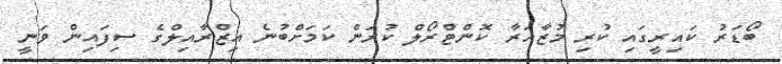
ބޯޑަރު ކައިރީގައި ކުރި މުޒާހަރާ ކޮންޓްރޯލް ކުރަން ކަމަށްބުނެ އިޒްރާއިލްގެ ސިފައިން ވަނީ